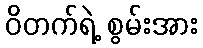
ဝိတက်ရဲ့ စွမ်းအား